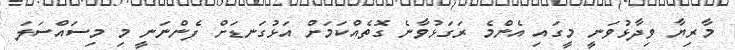
މާރިޔާ ވިދާޅުވަނީ މީގައި އެންމެ ރަގަޅުވާނެ ގޮތެއްކަމަށް އަޅުގަނޑަށް ފެންނަނީ މި މިސައްސަލަ